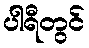
ပါရီတွင်